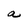
Character: a